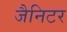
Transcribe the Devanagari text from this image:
जैनिटर